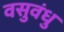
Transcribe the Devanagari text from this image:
वसुवंधु